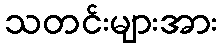
သတင်းများအား